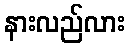
နားလည်လား